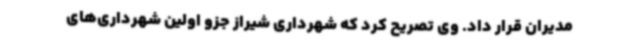
مدیران قرار داد. وی تصریح کرد که شهرداری شیراز جزو اولین شهرداری‌های